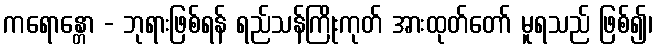
ကရောန္တော - ဘုရားဖြစ်ရန် ရည်သန်ကြိုးကုတ် အားထုတ်တော် မူရသည် ဖြစ်၍၊